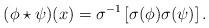
LaTeX: \begin{align*}(\phi\star\psi)(x) = \sigma^{-1} \left [\sigma(\phi) \sigma(\psi) \right ].\end{align*}